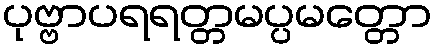
ပုဗ္ဗာပရရတ္တမပ္ပမတ္တော